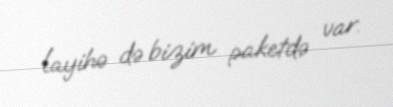
layihə də bizim paketdə var.